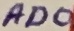
Text: AD0